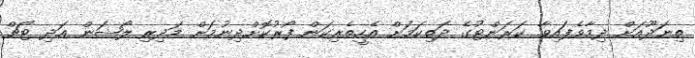
ތިނަދޫއަށް ދިމާވެފައިވާ ކަރަންޓުގެ ދަތިކަމަށް އެހީތެރިކަން ފޯރުކޮށްދިނުމަށް މަދިރި ލޯޝަން އަދި ޓޯޗް